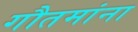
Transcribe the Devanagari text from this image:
गौतमांना